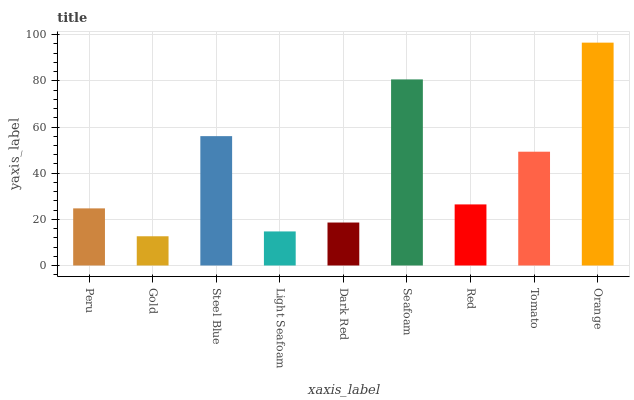
| xaxis_label | bars |
 | --- | --- |
 | Peru | 24.7 |
 | Gold | 12.7 |
 | Steel Blue | 56 |
 | Light Seafoam | 14.8 |
 | Dark Red | 18.6 |
 | Seafoam | 80.6 |
 | Red | 26.5 |
 | Tomato | 49.3 |
 | Orange | 96.6 |